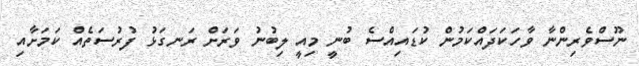
ނޫސްވެރިންނާ ވާހަކަދައްކަމުން ކުޑައިއްސެ ބުނީ މިއީ ލިބުނު ވަރަށް ރަނގަޅު ފުރުސަތެއް ކަމަށާއި